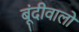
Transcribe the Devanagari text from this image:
बूंदीवालों